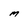
Character: M